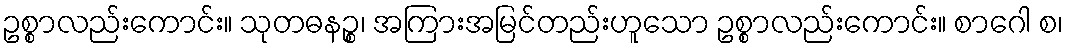
ဥစ္စာလည်းကောင်း။ သုတဓနဉ္စ၊ အကြားအမြင်တည်းဟူသော ဥစ္စာလည်းကောင်း။ စာဂေါ စ၊